Lunatic asylums Punjab 1868-1880 - 1868-1880
Year: 1868
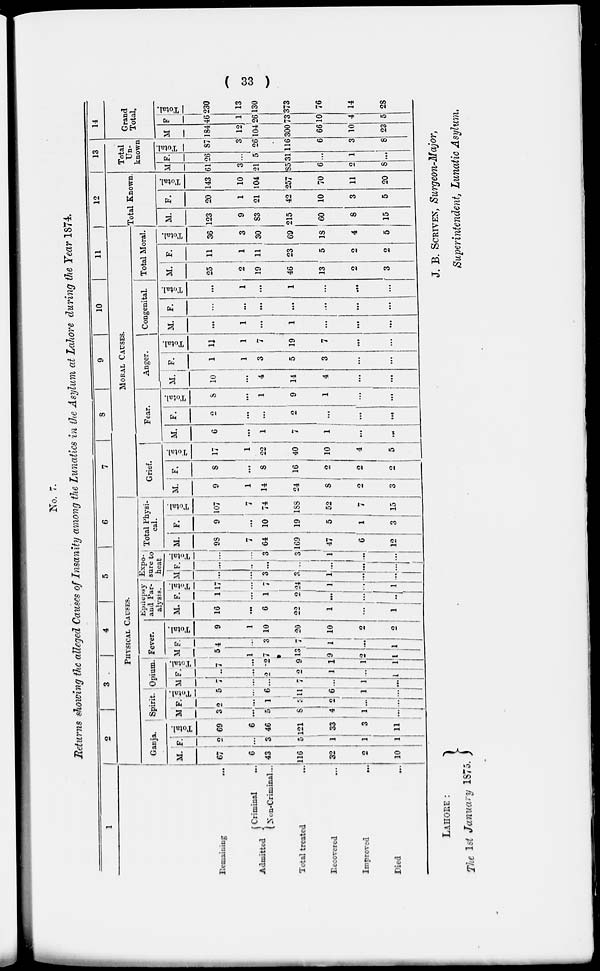
( 33 )
No. 7.
Returns showing the alleged Causes of Insanity among the Lunatics in the Asylum at Lahore during the Year 1874.
1
Remaining ...
Admitted
Criminal
...
Non-Criminal ...
Total treated ...
Recovered ...
Improved
...
Died ...
2
3
4
5
6
PHYSICAL CAUSES.
Ganja.
M.
67
6
43
116
32
2
10
F.
2
...
3
5
1
1
1
Total.
69
6
46
121
33
3
11
Spirit.
M.
3
...
5
8
4
1
...
F.
2
...
1
3
2
...
...
Total.
5
...
6
11
6
1
...
Opium.
M.
7
...
...
7
...
1
...
F.
...
...
2
2
1
...
1
Total.
7
...
2
9
1
1
1
Fever.
M.
5
1
7
13
9
2
1
F.
4
...
3
7
1
...
1
Total.
9
1
10
20
10
2
2
Epilepsy
and Par-
alysis.
M.
16
...
6
22
1
...
1
F.
1
...
1
2
...
...
...
Total.
17
...
7
24
1
...
1
Expo-
sure to
heat.
M.
...
...
3
3
1
...
...
F.
...
...
...
...
...
...
...
Total.
...
...
3
3
1
...
...
Total Physi-
cal.
M.
98
7
64
169
47
6
12
F.
9
...
10
19
5
1
3
Total.
107
7
74
188
52
7
15
7
8
9
10
11
MORAL CAUSES.
Grief.
M.
9
1
14
24
8
2
3
F.
8
...
8
16
2
2
2
Total.
17
1
22
40
10
4
5
Fear.
M.
6
...
1
7
1
...
...
F.
2
...
...
2
...
...
...
Total.
8
...
1
9
1
...
...
Anger.
M.
10
...
4
14
4
...
...
F.
1
1
3
5
3
...
...
Total.
11
1
7
19
7
...
...
Congenital.
M.
...
1
...
1
...
...
...
F.
...
...
...
...
...
...
...
Total.
...
1
...
1
...
...
...
Total Moral.
M.
25
2
19
46
13
2
3
F.
11
1
11
23
5
2
2
Total.
36
3
30
69
18
4
5
12
Total Known
M.
123
9
83
215
60
8
15
F.
20
1
21
42
10
3
5
Total.
143
10
104
257
70
11
20
13
Total
Un-
known
M.
61
3
21
85
6
2
8
F.
26
...
5
31
...
1
...
Total.
87
3
26
116
6
3
8
14
Grand
Total.
M.
184
12
104
300
66
10
23
F.
46
1
26
73
10
4
5
Total.
230
13
130
373
76
14
28
LAHORE:
The 1st January 1875.
J. B. SCRIVEN, Surgeon-Major,
Superintendent, Lunatic Asylum.